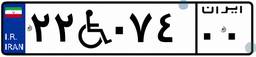
۲۲W۰۷۴۰۰